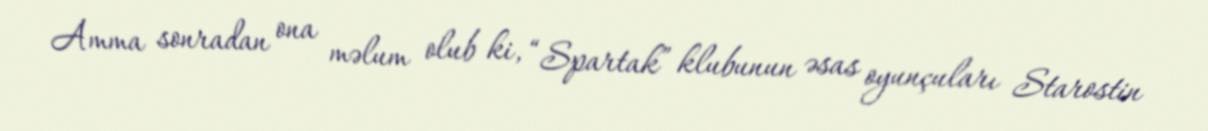
Amma sonradan ona məlum olub ki, “Spartak” klubunun əsas oyunçuları Starostin